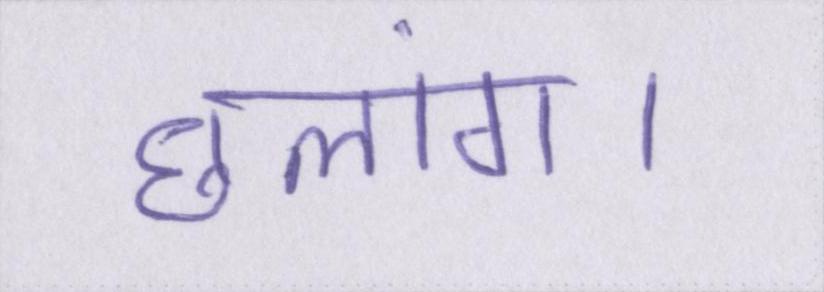
छलांग।